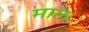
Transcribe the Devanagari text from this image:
मात।